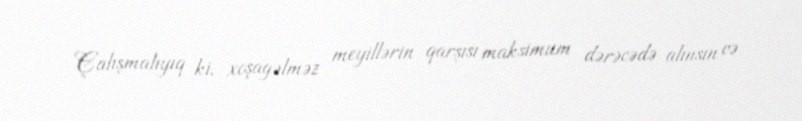
Çalışmalıyıq ki, xoşagəlməz meyillərin qarşısı maksimum dərəcədə alınsın və